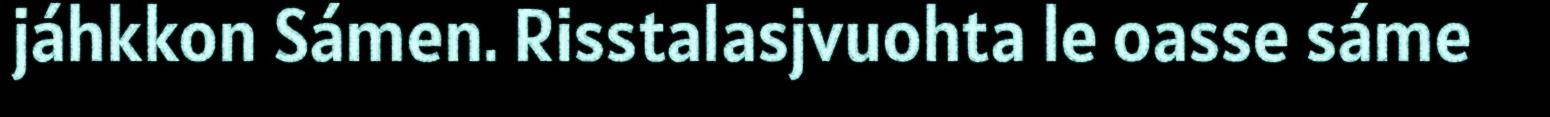
jáhkkon Sámen. Risstalasjvuohta le oasse sáme